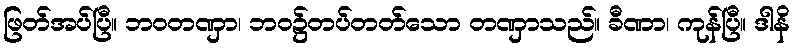
ဖြတ်အပ်ပြီ။ ဘဝတဏှာ၊ ဘဝ၌တပ်တတ်သော တဏှာသည်။ ခီဏာ၊ ကုန်ပြီ။ ဒါနိ